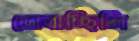
ডোবাচ্ছিলি